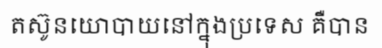
តស៊ូនយោបាយនៅក្នុងប្រទេស គឺបាន